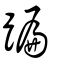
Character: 蹁